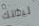
ليلتك